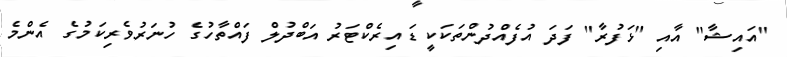
"އައިޝާ" އާއި "ޅަފުރާ" ފަދަ އުފެއްދުންތަކަކީ ޑައިރެކްޓަރު އަބްދުލް ފައްތާހުގެ ހުނަރުވެރިކަމުގެ އެންމެ